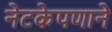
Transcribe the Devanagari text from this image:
नेटकेपणाने